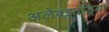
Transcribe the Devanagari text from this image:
अलेक्‍झांड्रिया